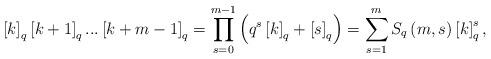
LaTeX: \begin{align*}\left[ k\right] _{q}\left[ k+1\right] _{q}...\left[ k+m-1\right] _{q}={\displaystyle\prod\limits_{s=0}^{m-1}}\left( q^{s}\left[ k\right] _{q}+\left[ s\right] _{q}\right) =\sum_{s=1}^{m}S_{q}\left( m,s\right) \left[ k\right] _{q}^{s},\end{align*}